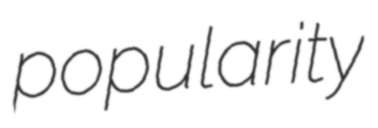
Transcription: popularity